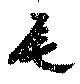
尾